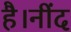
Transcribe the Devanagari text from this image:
है।नींद